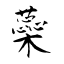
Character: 蘂